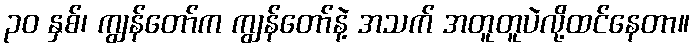
၃၀ နှစ်၊ ကျွန်တော်က ကျွန်တော်နဲ့ အသက် အတူတူပဲလို့ထင်နေတာ။